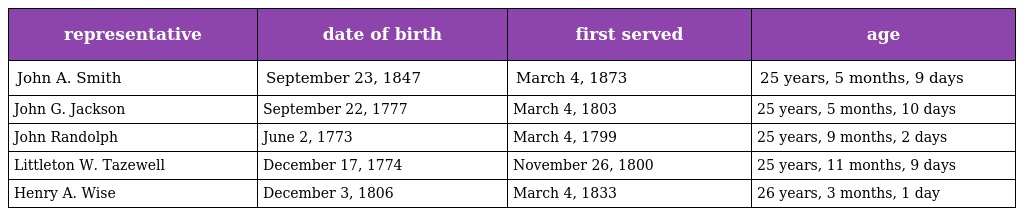
| representative | date of birth | first served | age |
 | --- | --- | --- | --- |
 | John A. Smith | September 23, 1847 | March 4, 1873 | 25 years, 5 months, 9 days |
 | John G. Jackson | September 22, 1777 | March 4, 1803 | 25 years, 5 months, 10 days |
 | John Randolph | June 2, 1773 | March 4, 1799 | 25 years, 9 months, 2 days |
 | Littleton W. Tazewell | December 17, 1774 | November 26, 1800 | 25 years, 11 months, 9 days |
 | Henry A. Wise | December 3, 1806 | March 4, 1833 | 26 years, 3 months, 1 day |